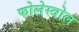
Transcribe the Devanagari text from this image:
फोलेस्त्रोल